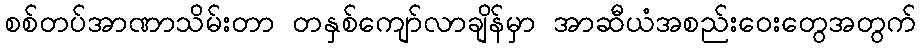
စစ်တပ်အာဏာသိမ်းတာ တနှစ်ကျော်လာချိန်မှာ အာဆီယံအစည်းဝေးတွေအတွက်